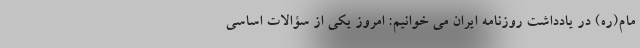
مام(ره) در یادداشت روزنامه ایران می خوانیم: امروز یکی از سؤالات اساسی